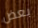
بعض